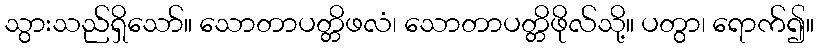
သွားသည်ရှိသော်။ သောတာပတ္တိဖလံ၊ သောတာပတ္တိဖိုလ်သို့။ ပတွာ၊ ရောက်၍။